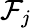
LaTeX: {\mathcal{F}}_{j}